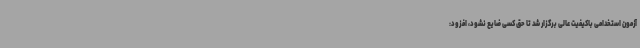
آزمون استخدامی باکیفیت عالی برگزار شد تا حق کسی ضایع نشود، افزود: